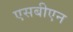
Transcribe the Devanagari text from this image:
एसबीएन